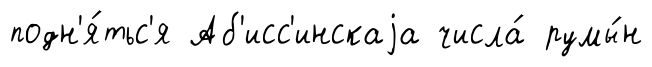
подн'я́тьс'я Аб'исс'инскаjа числа́ румы́н